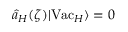
\hat { a } _ { H } ( \zeta ) \vert \mathrm { V a c } _ { H } \rangle = 0